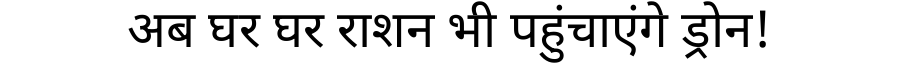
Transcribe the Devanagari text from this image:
अब घर घर राशन भी पहुंचाएंगे ड्रोन!